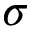
\sigma